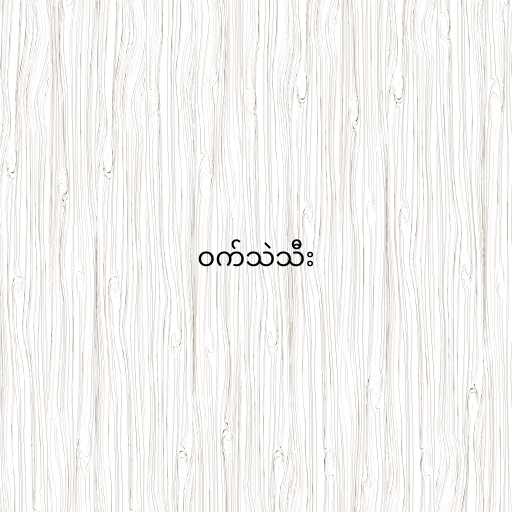
ဝက်သဲသီး